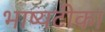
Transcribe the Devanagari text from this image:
भाष्यटीका